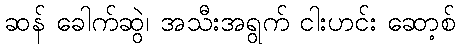
ဆန် ခေါက်ဆွဲ၊ အသီးအရွက် ငါးဟင်း ဆော့စ်